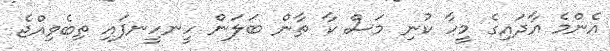
އެންމެ އާދައިގެ މީހާ ކުނި މަސް ކާ ތާން ބަލަން ހީނހީނފައި ތިބެވިއްޖެ